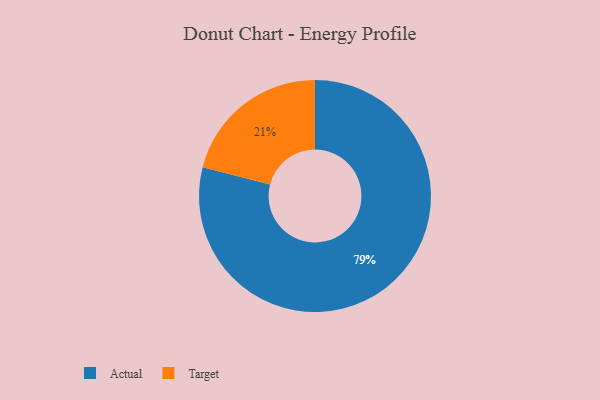
{"axis": {"x": "Category", "y": "Percentage"}, "legend": ["Actual", "Target"], "data": [{"x": "Target", "y": 21, "type": "Target"}, {"x": "Actual", "y": 79, "type": "Actual"}]}